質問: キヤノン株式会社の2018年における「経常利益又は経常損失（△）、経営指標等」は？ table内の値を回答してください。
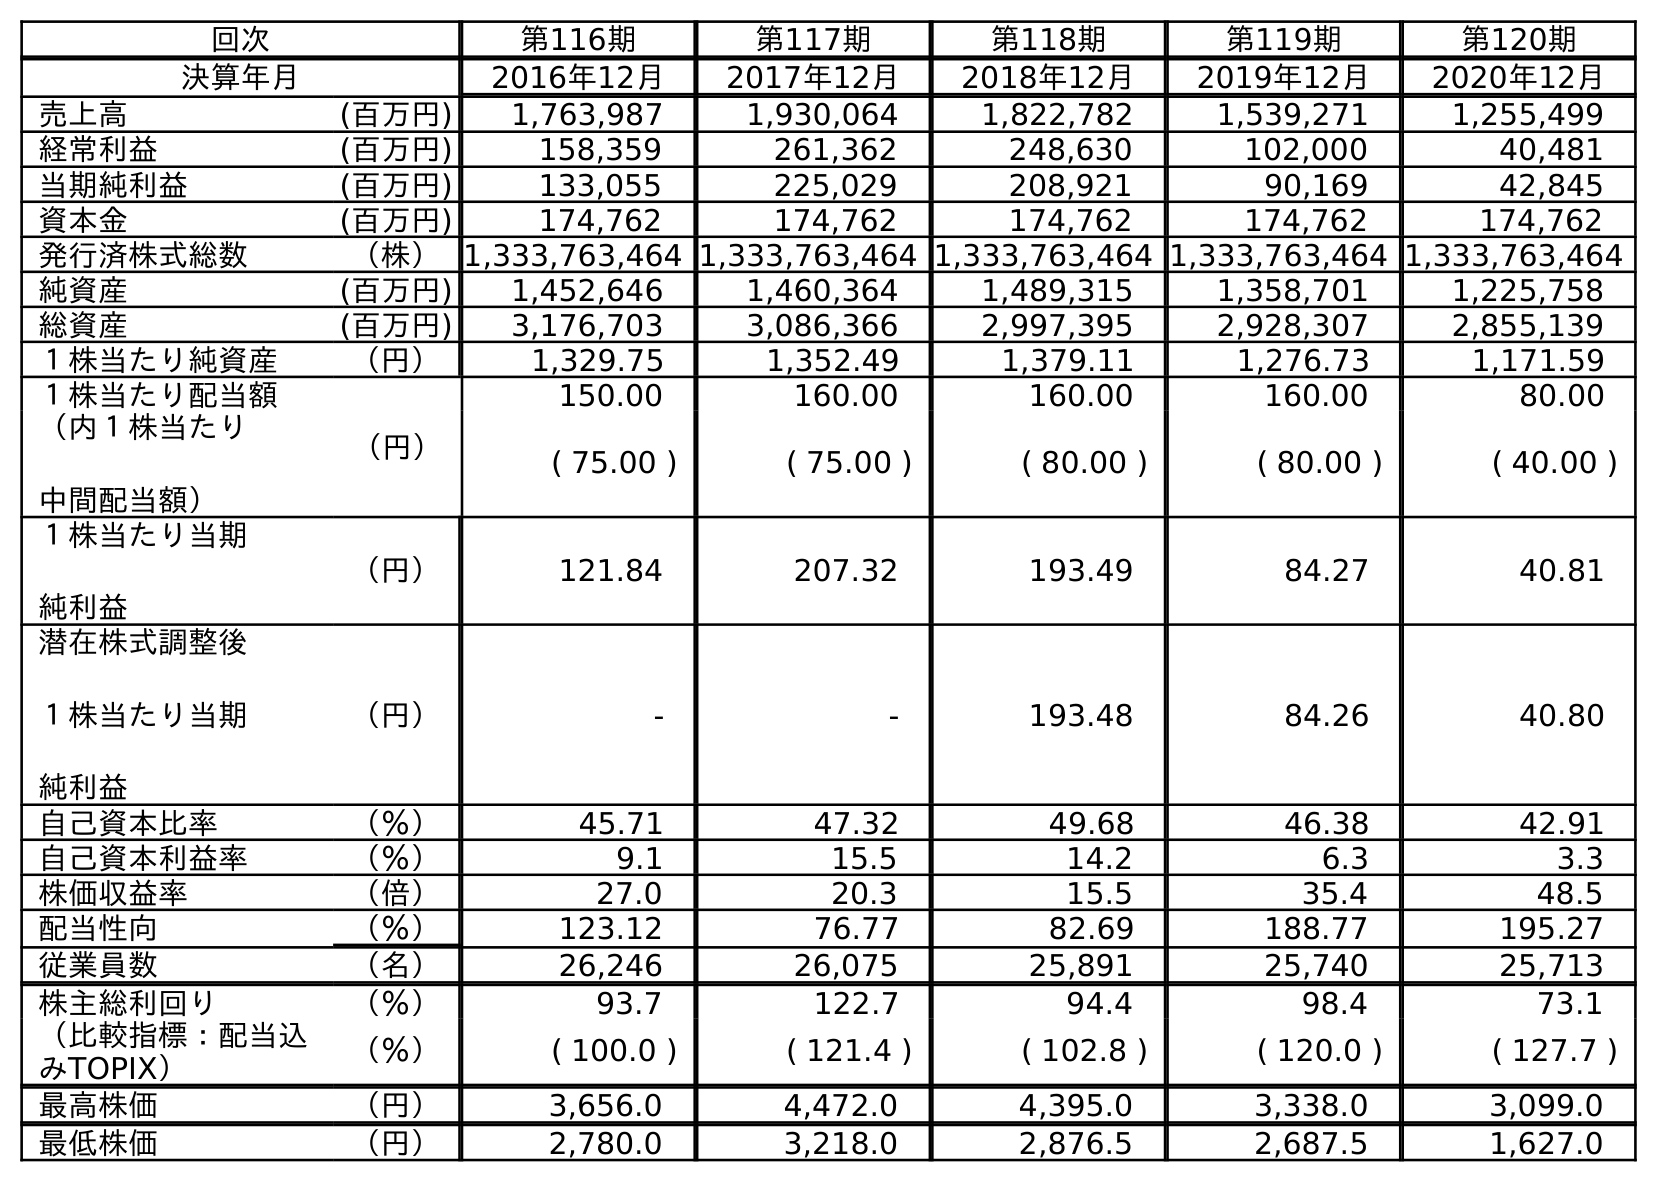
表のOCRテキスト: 回次 第116期 第117期 第118期 第119期 第120期 決算年月 2016年12月 2017年12月 2018年12月 2019年12月 2020年12月 売上高 (百万円) 1,763,987 1,930,064 1,822,782 1,539,271 1,255,499 経常利益 (百万円) 158,359 261,362 248,630 102,000 40,481 当期純利益 (百万円) 133,055 225,029 208,921 90,169 42,845 資本金 (百万円) 174,762 174,762 174,762 174,762 174,762 発行済株式総数 （株）1,333,763,464 1,333,763,464 1,333,763,464 1,333,763,464 1,333,763,464 純資産 (百万円) 1,452,646 1,460,364 1,489,315 1,358,701 1,225,758 総資産 (百万円) 3,176,703 3,086,366 2,997,395 2,928,307 2,855,139 １株当たり純資産 （円） 1,329.75 1,352.49 1,379.11 1,276.73 1,171.59 １株当たり配当額 （円） 150.00 160.00 160.00 160.00 80.00 （内１株当たり 中間配当額） ( 75.00 ) ( 75.00 ) ( 80.00 ) ( 80.00 ) ( 40.00 ) １株当たり当期 純利益 （円） 121.84 207.32 193.49 84.27 40.81 潜在株式調整後 １株当たり当期 純利益 （円） - - 193.48 84.26 40.80 自己資本比率 （％） 45.71 47.32 49.68 46.38 42.91 自己資本利益率 （％） 9.1 15.5 14.2 6.3 3.3 株価収益率 （倍） 27.0 20.3 15.5 35.4 48.5 配当性向 （％） 123.12 76.77 82.69 188.77 195.27 従業員数 （名） 26,246 26,075 25,891 25,740 25,713 株主総利回り （％） 93.7 122.7 94.4 98.4 73.1 （比較指標：配当込 みTOPIX） （％） ( 100.0 ) ( 121.4 ) ( 102.8 ) ( 120.0 ) ( 127.7 ) 最高株価 （円） 3,656.0 4,472.0 4,395.0 3,338.0 3,099.0 最低株価 （円） 2,780.0 3,218.0 2,876.5 2,687.5 1,627.0
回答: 248,630